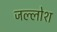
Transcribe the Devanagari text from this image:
जल्लोश